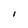
Character: I